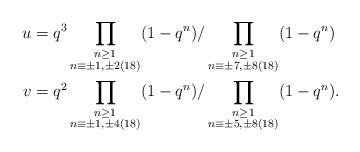
LaTeX: \begin{align*}u & = q^3 \prod_{\substack{n \geq 1\\ n \equiv \pm 1,\pm 2 (18)}} (1-q^n) / \prod_{\substack{n \geq 1 \\ n \equiv \pm 7,\pm 8 (18)}} (1-q^n)\\v & = q^2 \prod_{\substack{n \geq 1\\ n \equiv \pm 1,\pm 4 (18)}} (1-q^n) / \prod_{\substack{n \geq 1 \\ n \equiv \pm 5, \pm 8 (18)}} (1-q^n).\end{align*}